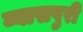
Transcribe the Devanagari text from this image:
व्यासपुरी